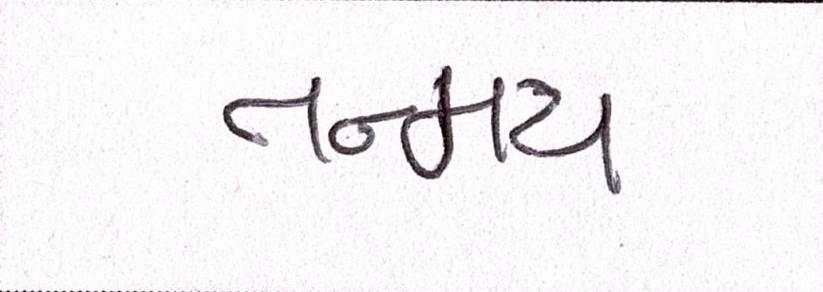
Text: તન્મય